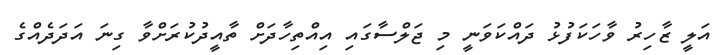
އަލީ ޒާހިރު ވާހަކަފުޅު ދައްކަވަނީ މި ޖަލްސާގައި އިއްތިހާދަށް ތާއީދުކުރަށްވާ ގިނަ އަދަދެއްގެ